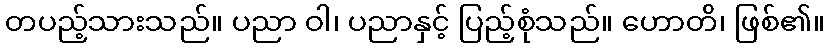
တပည့်သားသည်။ ပညာ ဝါ၊ ပညာနှင့် ပြည့်စုံသည်။ ဟောတိ၊ ဖြစ်၏။